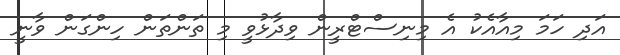
އަދި ހަމަ މިއާއެކު އެ މިނިސްޓްރީން ވިދާޅުވީ މި ތަންތަން ހިންގަން ވާނީ